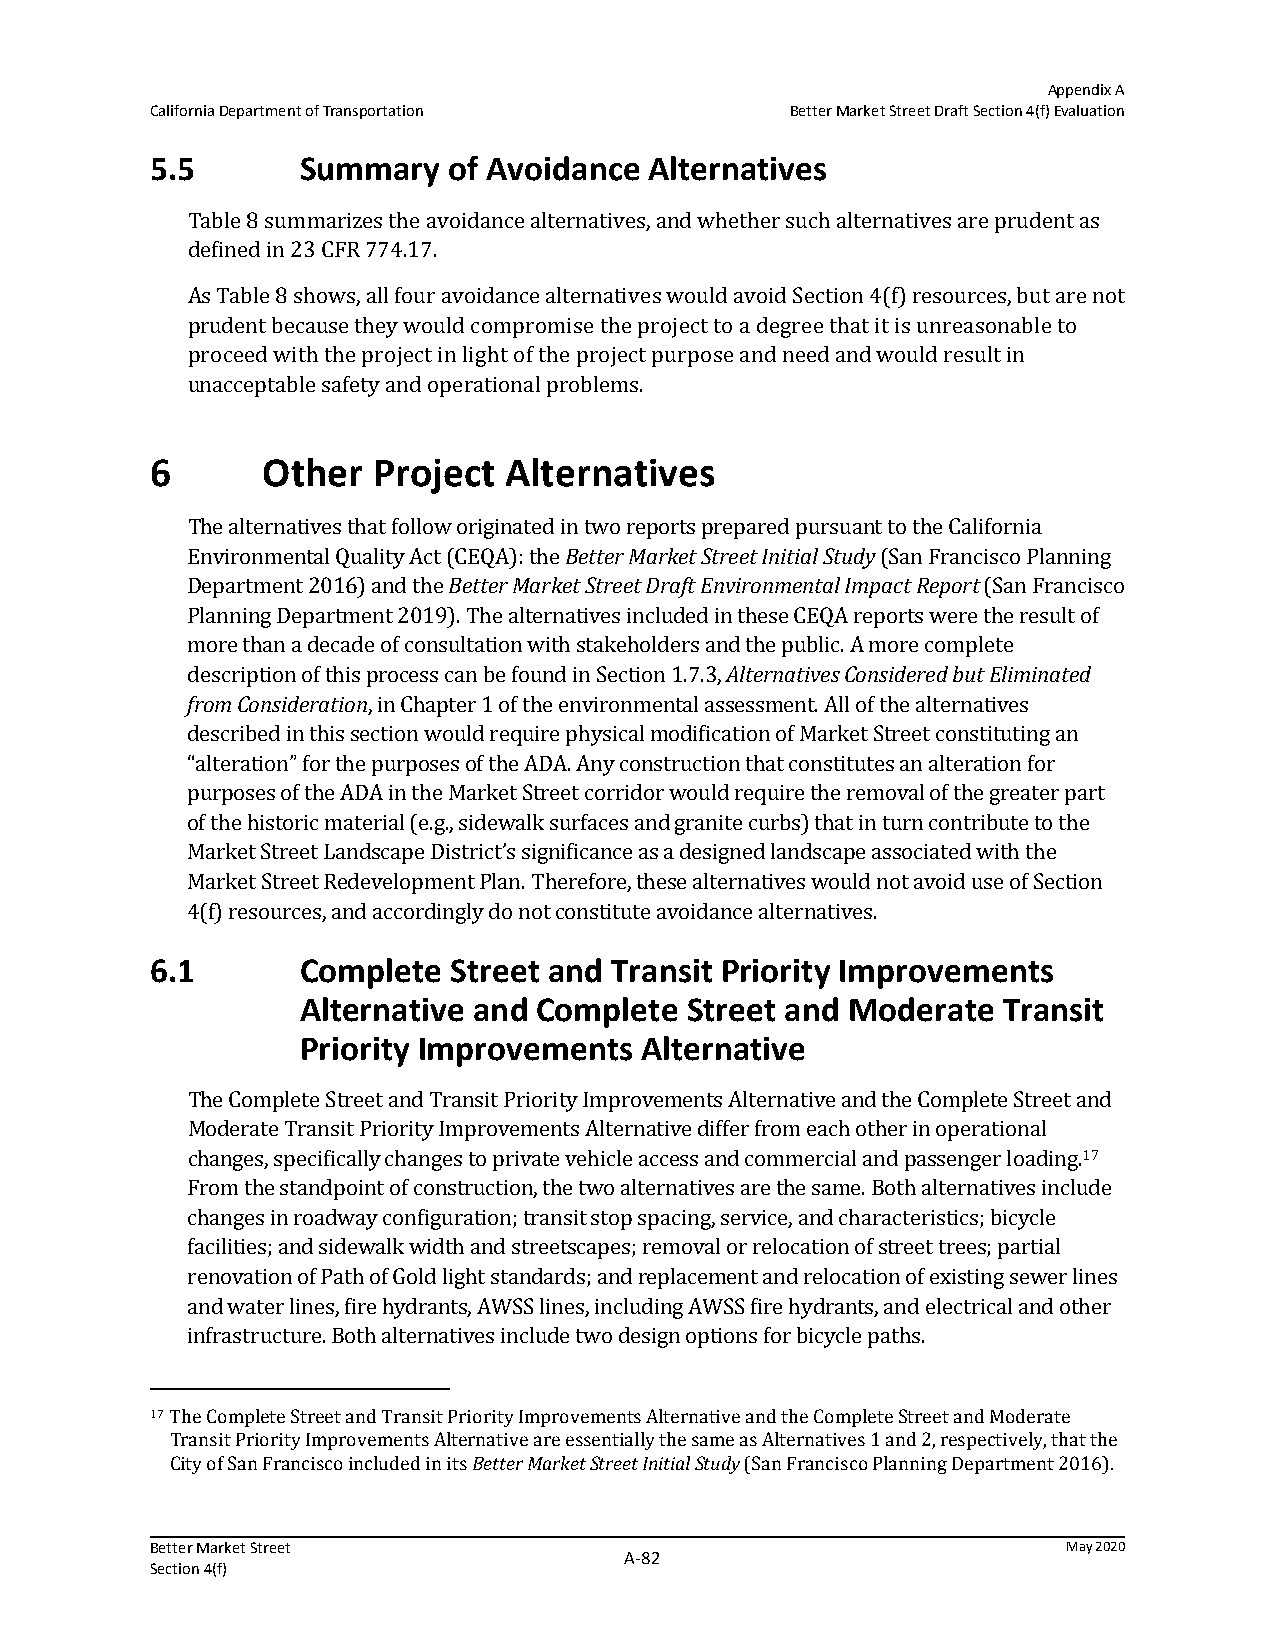
Appendix A
 California Department of Transportation   Better Market Street Draft Section 4(f) Evaluation
 5.5       Summary   of Avoidance Alternatives
 Table 8 summarizes the avoidance alternatives, and whether such alternatives are prudent as
 defined in 23 CFR 774.17.
 As Table 8 shows, all four avoidance alternatives would avoid Section 4(f) resources, but are not
 prudent because they would compromise the project to a degree that it is unreasonable to
 proceed with the project in light of the project purpose and need and would result in
 unacceptable safety and operational problems.
 6      Other   Project Alternatives
 The alternatives that follow originated in two reports prepared pursuant to the California
 Environmental Quality Act (CEQA): the Better Market Street Initial Study (San Francisco Planning
 Department 2016) and the Better Market Street Draft Environmental Impact Report (San Francisco
 Planning Department 2019). The alternatives included in these CEQA reports were the result of
 more than a decade of consultation with stakeholders and the public. A more complete
 description of this process can be found in Section 1.7.3, Alternatives Considered but Eliminated
 from Consideration, in Chapter 1 of the environmental assessment. All of the alternatives
 described in this section would require physical modification of Market Street constituting an
 “alteration” for the purposes of the ADA. Any construction that constitutes an alteration for
 purposes of the ADA in the Market Street corridor would require the removal of the greater part
 of the historic material (e.g., sidewalk surfaces and granite curbs) that in turn contribute to the
 Market Street Landscape District’s significance as a designed landscape associated with the
 Market Street Redevelopment Plan. Therefore, these alternatives would not avoid use of Section
 4(f) resources, and accordingly do not constitute avoidance alternatives.
 6.1       Complete  Street and Transit Priority Improvements
 Alternative and Complete Street and Moderate  Transit
 Priority Improvements Alternative
 The Complete Street and Transit Priority Improvements Alternative and the Complete Street and
 Moderate Transit Priority Improvements Alternative differ from each other in operational
 changes, specifically changes to private vehicle access and commercial and passenger loading.17
 From the standpoint of construction, the two alternatives are the same. Both alternatives include
 changes in roadway configuration; transit stop spacing, service, and characteristics; bicycle
 facilities; and sidewalk width and streetscapes; removal or relocation of street trees; partial
 renovation of Path of Gold light standards; and replacement and relocation of existing sewer lines
 and water lines, fire hydrants, AWSS lines, including AWSS fire hydrants, and electrical and other
 infrastructure. Both alternatives include two design options for bicycle paths.
 17 The Complete Street and Transit Priority Improvements Alternative and the Complete Street and Moderate
 Transit Priority Improvements Alternative are essentially the same as Alternatives 1 and 2, respectively, that the
 City of San Francisco included in its Better Market Street Initial Study (San Francisco Planning Department 2016).
 Better Market Street                                         May 2020
 A‐82
 Section 4(f)